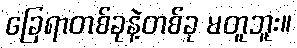
ခြေရာတစ်ခုနဲ့တစ်ခု မတူဘူး။